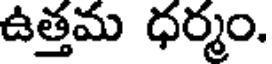
ఉత్తమ ధర్మం.